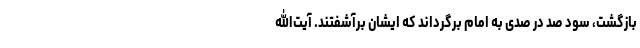
بازگشت، سود صد در صدی به امام برگرداند که ایشان برآشفتند. آیت‌الله